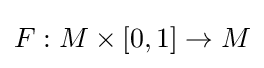
F:M\times [0,1]\rightarrow M